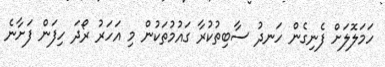
ހަމަލޮލަށް ފެނިގެން ހަނދު ސާބިތުކުރާ ގައުމުތަކުން މި އަހަރު ރޯދަ ހިފަން ފަށާނެ